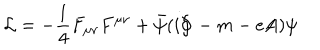
LaTeX: { \cal L } = - \frac { 1 } { 4 } F _ { \mu \nu } F ^ { \mu \nu } + \bar { \psi } ( i \partial \! \! \! / \, - m - e A \! \! \! \! / \, ) \psi